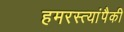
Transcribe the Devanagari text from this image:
हमरस्त्यांपैकी